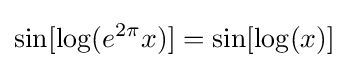
\sin[\log(e^{2\pi }x)]=\sin[\log(x)]